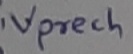
Text: Vprech